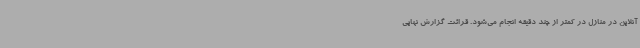
آنلاین در منازل در کمتر از چند دقیقه انجام می‌شود. قرائت گزارش نهایی